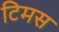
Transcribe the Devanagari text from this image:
टिमस